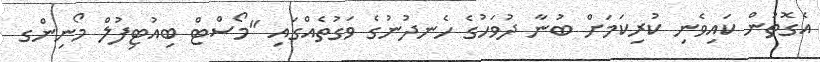
އެގޮތުން ކައިވެނި ކުރިކަމަށް ބުނާ ދުވަހުގެ ހެނދުނުގެ ވަގުތެއްގައި "މޯސްޓް ބިއުޓިފުލް މޯނިންގ